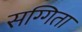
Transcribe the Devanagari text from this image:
सग्गिता